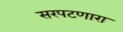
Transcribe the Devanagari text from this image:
सरपटणारा